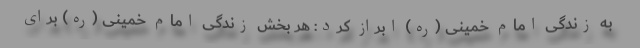
به زندگی امام خمینی (ره) ابراز کرد: هر بخش زندگی امام خمینی (ره) برای